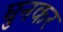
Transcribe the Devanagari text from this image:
घुनकर